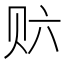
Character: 𲂽